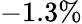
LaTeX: -1.3\%